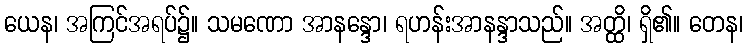
ယေန၊ အကြင်အရပ်၌။ သမဏော အာနန္ဒော၊ ရဟန်းအာနန္ဒာသည်။ အတ္ထိ၊ ရှိ၏။ တေန၊